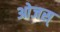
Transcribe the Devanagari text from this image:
ओजस्‌